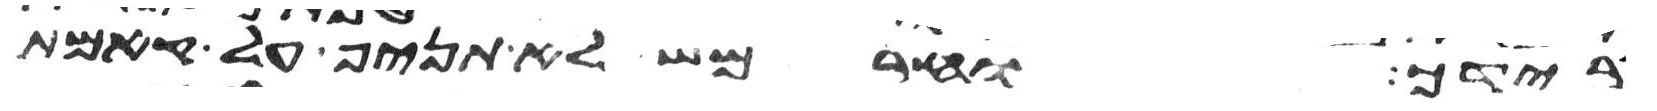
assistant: בידך וחרמש לא תניף על קמת